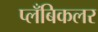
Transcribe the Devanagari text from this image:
प्लँबिकलर